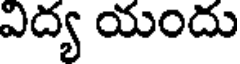
విద్య యందు